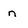
Character: n